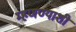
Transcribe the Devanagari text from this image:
म्हणण्याशी